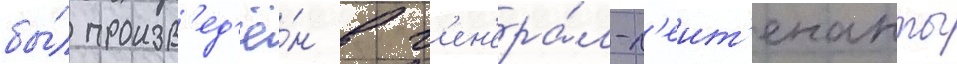
бы́л произв'ед'ё́н в г'ен'ера́л-л'еит'енанты